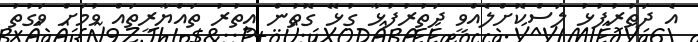
އެ ދަތުރުފުޅު ލަސްކޮށްލެއްވީ ދަތުރުފުޅާ ގުޅޭ ގޮތުން އިތުރު ތައްޔާރީތައް ވުމަށް ވަގުތު